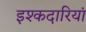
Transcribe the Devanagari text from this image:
इश्कदारियां